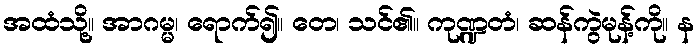
အထံသို့။ အာဂမ္မ၊ ရောက်၍။ တေ၊ သင်၏။ ကုဏ္ဍတံ၊ ဆန်ကွဲမုန့်ကို။ န